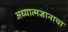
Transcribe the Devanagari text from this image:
अध्यात्मज्ञानाचा